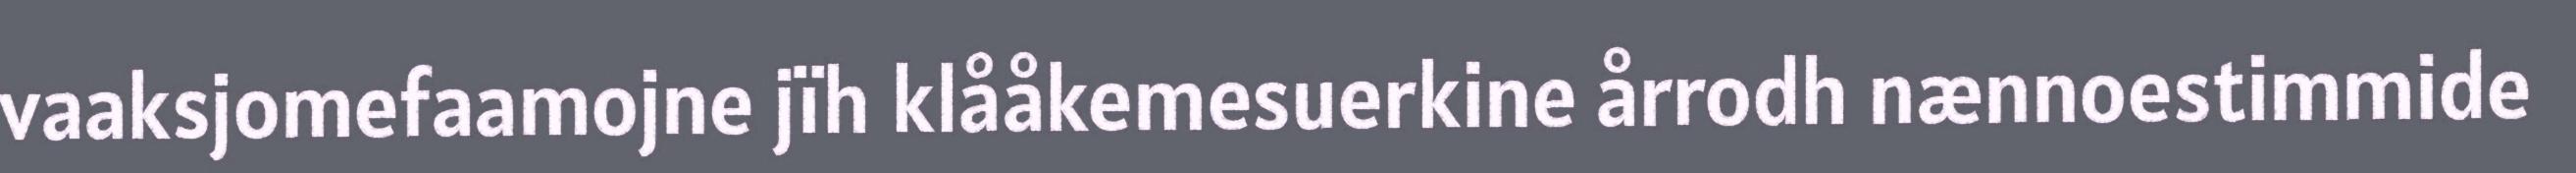
vaaksjomefaamojne jïh klååkemesuerkine årrodh nænnoestimmide